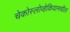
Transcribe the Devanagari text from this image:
चेकोस्लोव्हेकियामधील